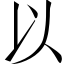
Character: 以